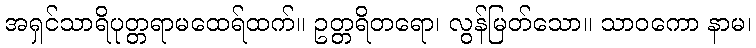
အရှင်သာရိပုတ္တရာမထေရ်ထက်။ ဥတ္တရိတရော၊ လွန်မြတ်သော။ သာဝကော နာမ၊